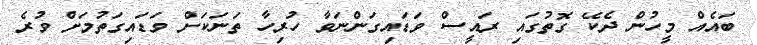
ބައެއް މީހުން ދެކޭ ގޮތުގައި ރައީސް ވަޑައިގަންނަވާ ހުރިހާ ތަނަކަށް ވަޑައިގަތުމަށް ވުރެ